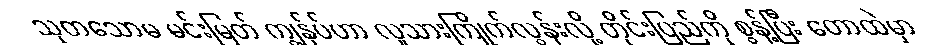
သုတသောမ မင်းမြတ် ကျွန်ုပ်ဟာ လူသားကြိုက်လွန်းလို့ တိုင်းပြည်ကို စွန့်ပြီး တောထဲမှာ